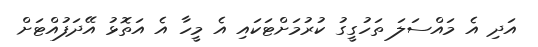
އަދި އެ މައްސަލަ ތަހުގީގު ކުރުމަށްޓަކައި އެ މީހާ އެ އަތޮޅު އޭދަފުއްޓަށް